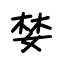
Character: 婪